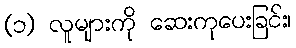
(၁) လူများကို ဆေးကုပေးခြင်း၊